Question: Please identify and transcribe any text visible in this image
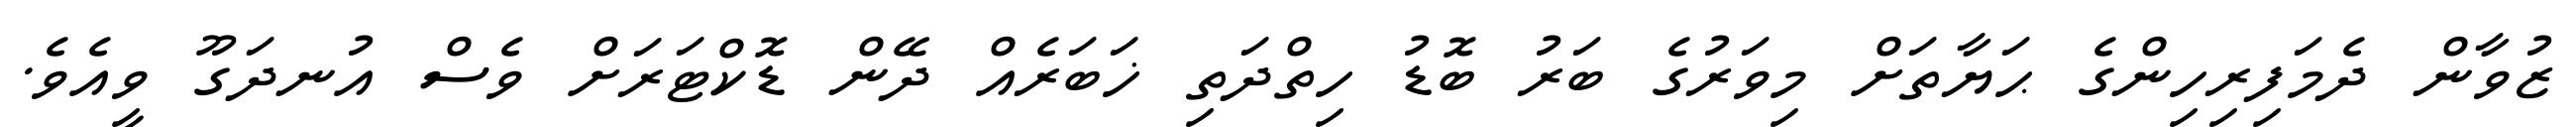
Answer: ޒުވާން ދެމަފިރިހިންގެ ޙަޔާތަށް މިވަރުގެ ބަރު ބޮޑު ހިތްދަތި ޚަބަރެއް ދޭން ޑޮކްޓަރަށް ވެސް އުނދަގޫ ވީއެވެ.